Indian journal of veterinary science and animal husbandry - Volume 2,
Year: 1932
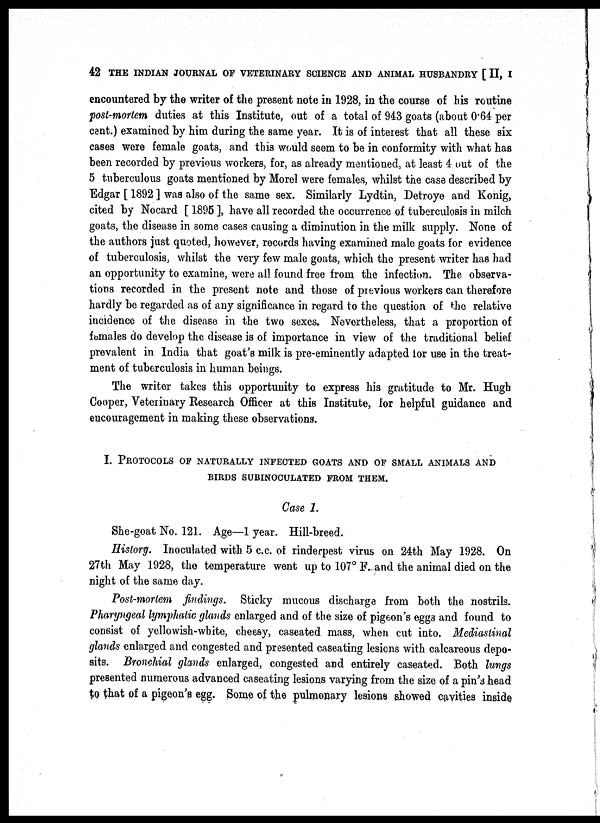
42 THE INDIAN JOURNAL OF VETERINARY SCIENCE AND ANIMAL HUSBANDRY [ II, I
encountered by the writer of the present note in 1928, in the course of his routine
post-mortem duties at this Institute, out of a total of 943 goats (about 0.64 per
cent.) examined by him during the same year. It is of interest that all these six
cases were female goats, and this would seem to be in conformity with what has
been recorded by previous workers, for, as already mentioned, at least 4 out of the
5 tuberculous goats mentioned by Morel were females, whilst the case described by
Edgar [ 1892 ] was also of the same sex. Similarly Lydtin, Detroye and Konig,
cited by Nocard [ 1895 ], have all recorded the occurrence of tuberculosis in milch
goats, the disease in some cases causing a diminution in the milk supply. None of
the authors just quoted, however, records having examined male goats for evidence
of tuberculosis, whilst the very few male goats, which the present writer has had
an opportunity to examine, were all found free from the infection. The observa-
tions recorded in the present note and those of previous workers can therefore
hardly be regarded as of any significance in regard to the question of the relative
incidence of the disease in the two sexes. Nevertheless, that a proportion of
females do develop the disease is of importance in view of the traditional belief
prevalent in India that goat's milk is pre-eminently adapted for use in the treat-
ment of tuberculosis in human beings.
The writer takes this opportunity to express his gratitude to Mr. Hugh
Cooper, Veterinary Research Officer at this Institute, for helpful guidance and
eucouragement in making these observations.
I. PROTOCOLS OF NATURALLY INFECTED GOATS AND OF SMALL ANIMALS AND
BIRDS SUBINOCULATED FROM THEM.
Case 1.
She-goat No. 121. Age—1 year. Hill-breed.
History. Inoculated with 5 c.c. of rinderpest virus on 24th May 1928. On
27th May 1928, the temperature went up to 107° F. and the animal died on the
night of the same day.
Post-mortem findings. Sticky mucous discharge from both the nostrils.
Pharyngeal lymphatic glands enlarged and of the size of pigeon's eggs and found to
consist of yellowish-white, cheesy, caseated mass, when cut into. Mediastinal
glands enlarged and congested and presented caseating lesions with calcareous depo-
sits. Bronchial glands enlarged, congested and entirely caseated. Both lungs
presented numerous advanced caseating lesions varying from the size of a pin's head
to that of a pigeon's egg. Some of the pulmonary lesions showed cavities inside